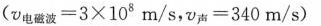
$$( v _ { 电 磁 波 } = 3 × 1 0 ^ { 8 } m / s $$，$$v _ { 声 } = 3 4 0 m / s )$$